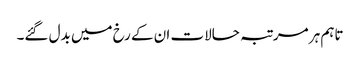
تاہم ہر مرتبہ حالات ان کے رخ میں بدل گئے۔